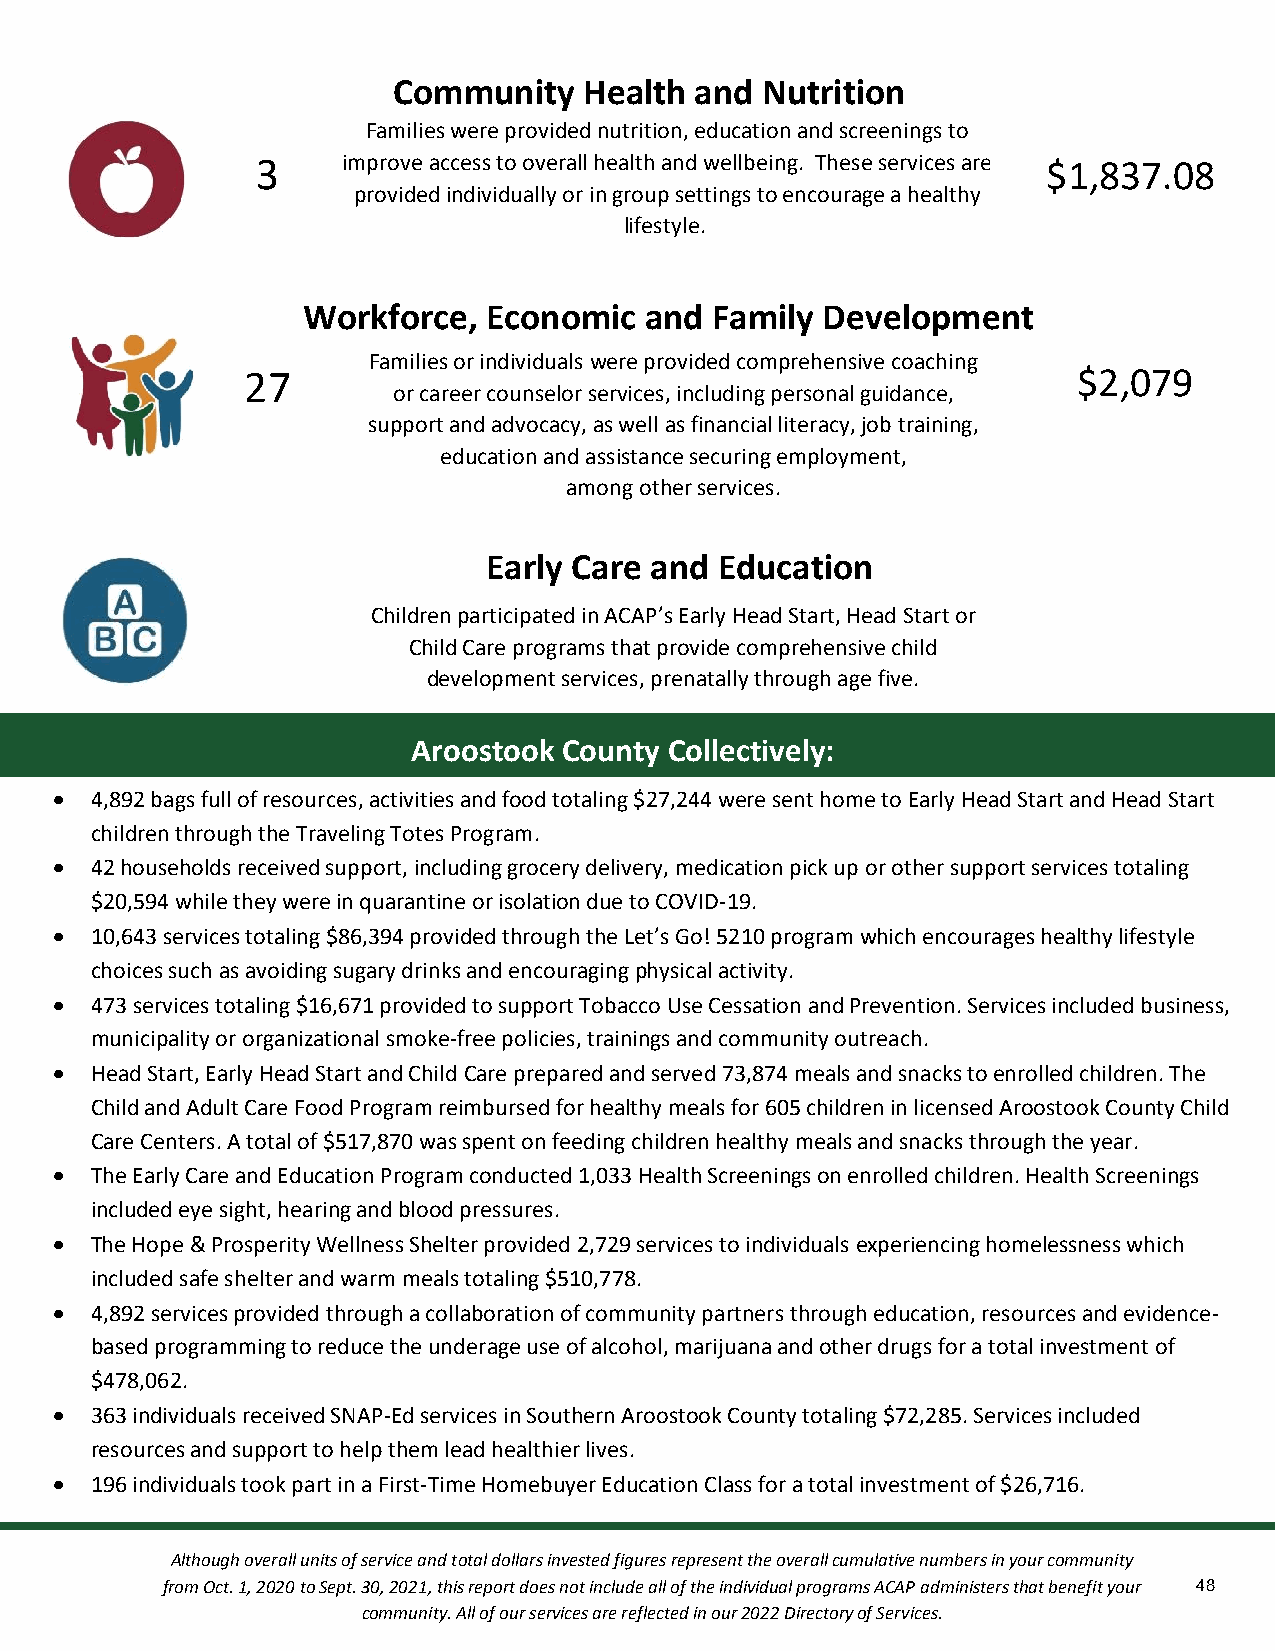
Community    Health and Nutrition
 Families were provided nutrition, education and screenings to
 3     imp rove access to overall healt&h a nd wellbeing. These services are $1,837.08
 provided individually or in group settings to encourage a healthy
 lifestyle.
 cation
 Workforce,  Economic   and Family Development
 Families or individuals were provided comprehensive coaching
 27                                                     $2,079
 or career counselor services, including personal guidacnacet,i on
 support and advocacy, as well as financial literacy, job training,
 education and assistance securing employment,
 among other services.
 Early Care and  Education
 Children participated in ACAP’s Early Head Start, Head Start or
 Child Care programs that provide comprehensive child
 development services, prenatally through age five.
 Aroostook County Collectively:
  4,892 bags full of resources, activities and food totaling $27,244 were sent home to Early Head Start and Head Start
 children through the Traveling Totes Program.
  42 households received support, including grocery delivery, medication pick up or other support services totaling
 $20,594 while they were in quarantine or isolation due to COVID-19.
  10,643 services totaling $86,394 provided through the Let’s Go! 5210 program which encourages healthy lifestyle
 choices such as avoiding sugary drinks and encouraging physical activity.
  473 services totaling $16,671 provided to support Tobacco Use Cessation and Prevention. Services included business,
 municipality or organizational smoke-free policies, trainings and community outreach.
  Head Start, Early Head Start and Child Care prepared and served 73,874 meals and snacks to enrolled children. The
 Child and Adult Care Food Program reimbursed for healthy meals for 605 children in licensed Aroostook County Child
 Care Centers. A total of $517,870 was spent on feeding children healthy meals and snacks through the year.
  The Early Care and Education Program conducted 1,033 Health Screenings on enrolled children. Health Screenings
 included eye sight, hearing and blood pressures.
  The Hope & Prosperity Wellness Shelter provided 2,729 services to individuals experiencing homelessness which
 included safe shelter and warm meals totaling $510,778.
  4,892 services provided through a collaboration of community partners through education, resources and evidence-
 based programming to reduce the underage use of alcohol, marijuana and other drugs for a total investment of
 $478,062.
  363 individuals received SNAP-Ed services in Southern Aroostook County totaling $72,285. Services included
 resources and support to help them lead healthier lives.
  196 individuals took part in a First-Time Homebuyer Education Class for a total investment of $26,716.
 Although overall units of service and total dollars invested figures represent the overall cumulative numbers in your community
 from Oct. 1, 2020 to Sept. 30, 2021, this report does not include all of the individual programs ACAP administers that benefit your 48
 community. All of our services are reflected in our 2022 Directory of Services.